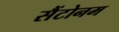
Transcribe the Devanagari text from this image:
सैंटोनम